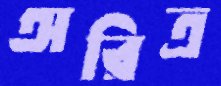
অরিত্র